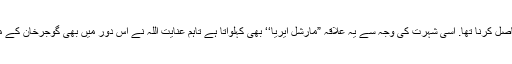
کیوں کہ انگریز کا اصل مقصد اس علاقے کو تعلیم سے دور رکھ کر فوج کے لیے جوان حاصل کرنا تھا. اسی شہرت کی وجہ سے یہ علاقہ ”مارشل ایریا‘‘ بھی کہلواتا ہے تاہم عنایت اللہ نے اس دور میں بھی گوجرخان کے مقامی اسکول سے تعلیم حاصل کی اور قریب قریب 1936ء میں میٹرک کا امتحان پاس کیا۔